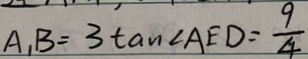
A _ { 1 } B = 3 \tan \angle A E D = \frac { 9 } { 4 }